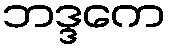
ဘဒ္ဒကေ